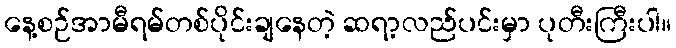
နေ့စဉ်အာမီရမ်တစ်ပိုင်းချနေတဲ့ ဆရာ့လည်ပင်းမှာ ပုတီးကြီးပါ။